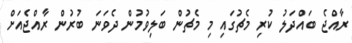
ރާއްޖެ ބައްދަލު ކުރި މެޗުގައި މި މެޗުން ބަލިވުމުން ދެވަނަ ބުރުން ރާއްޖެއަށް